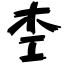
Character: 杢